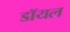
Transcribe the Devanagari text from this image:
डाॅयल